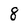
Character: 8